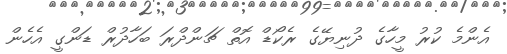
އެންމެ ކުރު މީހާގެ ދުނިޔޭގެ ރެކޯޑް އޮތް ޗަންދްރަ ބަހާދުރް ޑަންގީ އެހެން